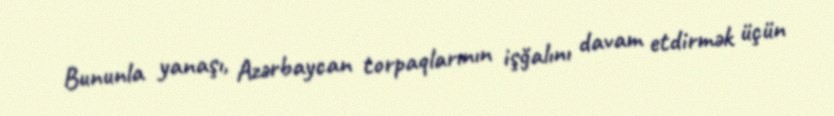
Bununla yanaşı, Azərbaycan torpaqlarının işğalını davam etdirmək üçün